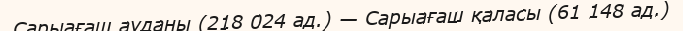
Сарыағаш ауданы (218 024 ад.) — Сарыағаш қаласы (61 148 ад.)